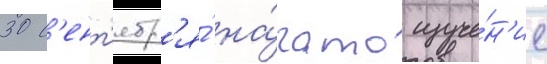
30 с'ент'ябр'я́ на́чато изуче́н'ие